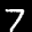
Label: 7